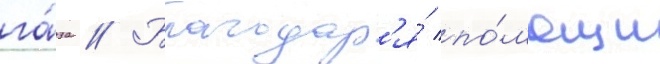
га́за // Благодар'я́ по́мощи